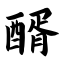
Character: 醑